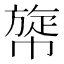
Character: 𢄲